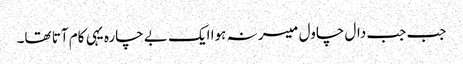
جب جب دال چاول میسر نہ ہوا ایک بے چارہ یہی کام آتا تھا۔